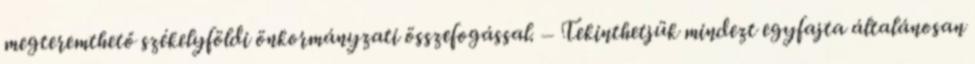
megteremthető székelyföldi önkormányzati összefogással. – Tekinthetjük mindezt egyfajta általánosan